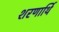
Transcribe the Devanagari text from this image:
शरणार्थि